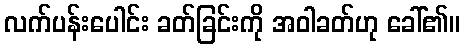
လက်ပန်းပေါင်း ခတ်ခြင်းကို အဝါခတ်ဟု ခေါ်၏။